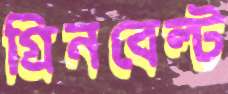
গ্রিনবেল্ট